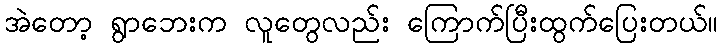
အဲတော့ ရွာဘေးက လူတွေလည်း ကြောက်ပြီးထွက်ပြေးတယ်။